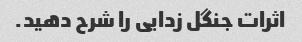
اثرات جنگل زدایی را شرح دهید.